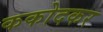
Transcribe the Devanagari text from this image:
ककोदकर